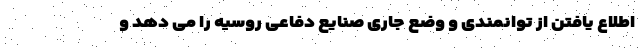
اطلاع یافتن از توانمندی و وضع جاری صنایع دفاعی روسیه را می دهد و